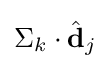
\Sigma _{k}\cdot {\hat {\textbf {d}}}_{j}